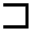
\sqsupset